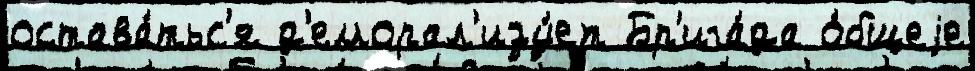
остава́тьс'я д'еморал'изу́ет Бр'ига́да о́бщеjе